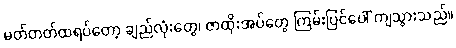
မတ်တတ်ထရပ်တော့ ချည်လုံးတွေ၊ ဇာထိုးအပ်တွေ ကြမ်းပြင်ပေါ် ကျသွားသည်။